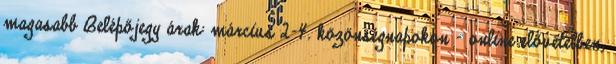
magasabb Belépőjegy árak: március 2–4. közönségnapokon - online elővételben,